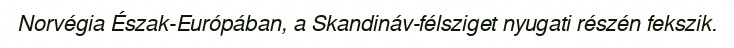
Norvégia Észak-Európában, a Skandináv-félsziget nyugati részén fekszik.